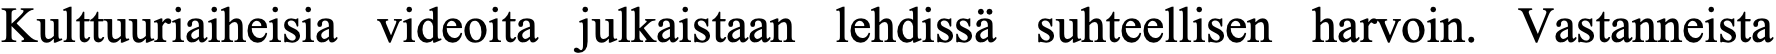
Kulttuuriaiheisia videoita julkaistaan lehdissä suhteellisen harvoin. Vastanneista